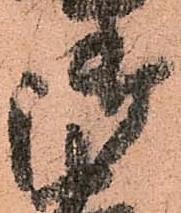
御